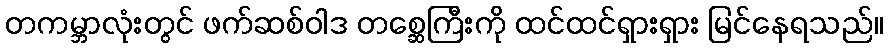
တကမ္ဘာလုံးတွင် ဖက်ဆစ်ဝါဒ တစ္ဆေကြီးကို ထင်ထင်ရှားရှား မြင်နေရသည်။